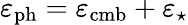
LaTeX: \varepsilon_{\mathrm{ph}}=\varepsilon_{\mathrm{cmb}}+\varepsilon_{\star}